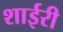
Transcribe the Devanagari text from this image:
शाईरी